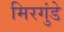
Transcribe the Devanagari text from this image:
मिरगुंडे